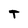
Character: T